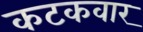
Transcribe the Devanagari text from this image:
कटकवार